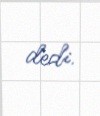
dedi.